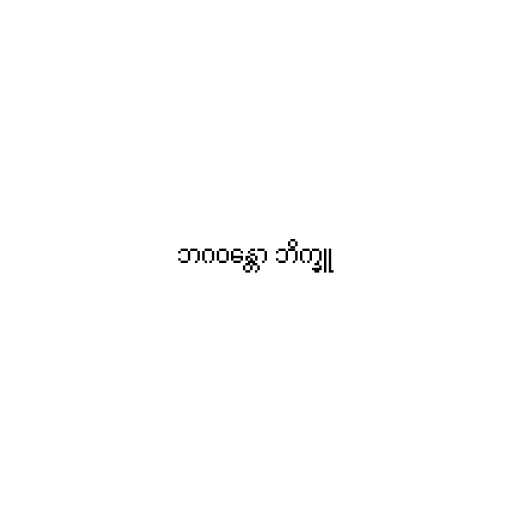
ဘဂဝန္တော ဘိက္ခူ